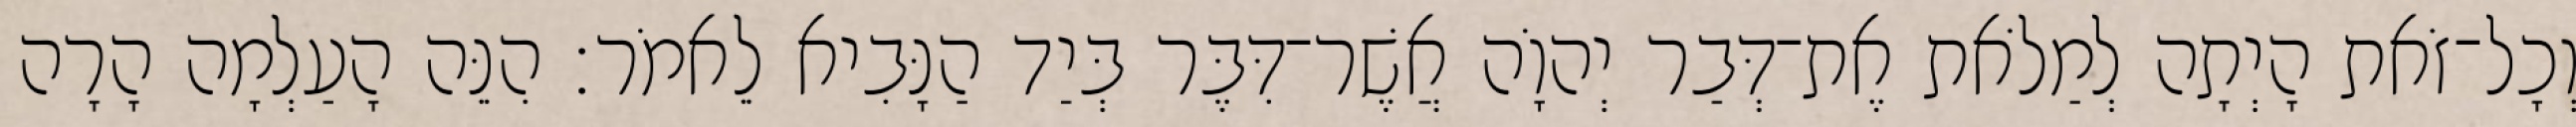
וְכָל־זֹאת הָיְתָה לְמַלֹאת אֶת־דְּבַר יְהוָֹה אֲשֶׁר־דִּבֶּר בְּיַד הַנָּבִיא לֵאמֹר׃ הִנֵּה הָעַלְמָה הָרָה